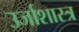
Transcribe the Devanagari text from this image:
उर्जाशास्त्र